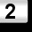
Digit: 2